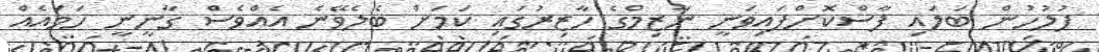
ފުލުހުން ބަލައި ފާސްކޮށްފައިވަނީ ނާޒިމްގެ ހާޒިރުގައި ކަމަށް ބެލެވޭނެ އެއްވެސް ގާނީނީ ހަމައެއް